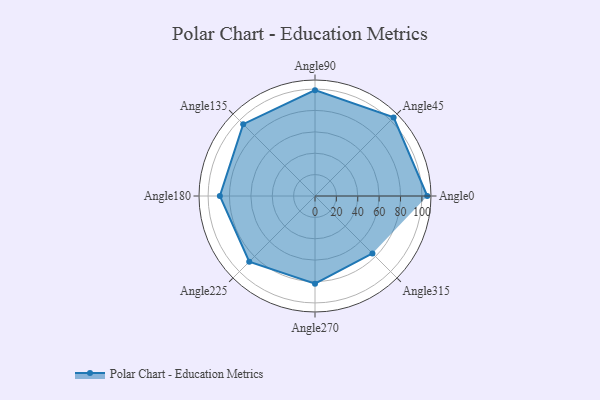
{"axis": {"x": "Angle", "y": "Radius"}, "legend": [""], "data": [{"x": "Angle0", "y": 105.0, "type": ""}, {"x": "Angle45", "y": 104.0, "type": ""}, {"x": "Angle90", "y": 99.0, "type": ""}, {"x": "Angle135", "y": 95.0, "type": ""}, {"x": "Angle180", "y": 89.0, "type": ""}, {"x": "Angle225", "y": 87.0, "type": ""}, {"x": "Angle270", "y": 82.0, "type": ""}, {"x": "Angle315", "y": 76.0, "type": ""}]}